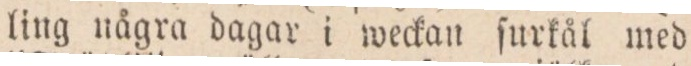
ling några dagar i weckan ſurkål med